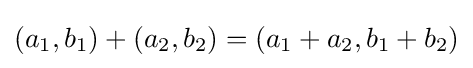
(a_{1},b_{1})+(a_{2},b_{2})=(a_{1}+a_{2},b_{1}+b_{2})